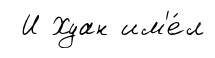
И Хуан им'е́л